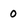
Character: 0